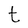
Character: t